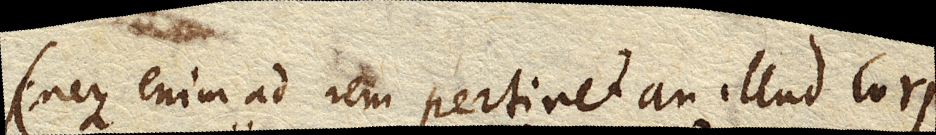
(neque enim ad rem pertinet an illud corpus residuum appelles: